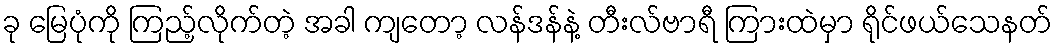
ခု မြေပုံကို ကြည့်လိုက်တဲ့ အခါ ကျတော့ လန်ဒန်နဲ့ တီးလ်ဗာရီ ကြားထဲမှာ ရိုင်ဖယ်သေနတ်